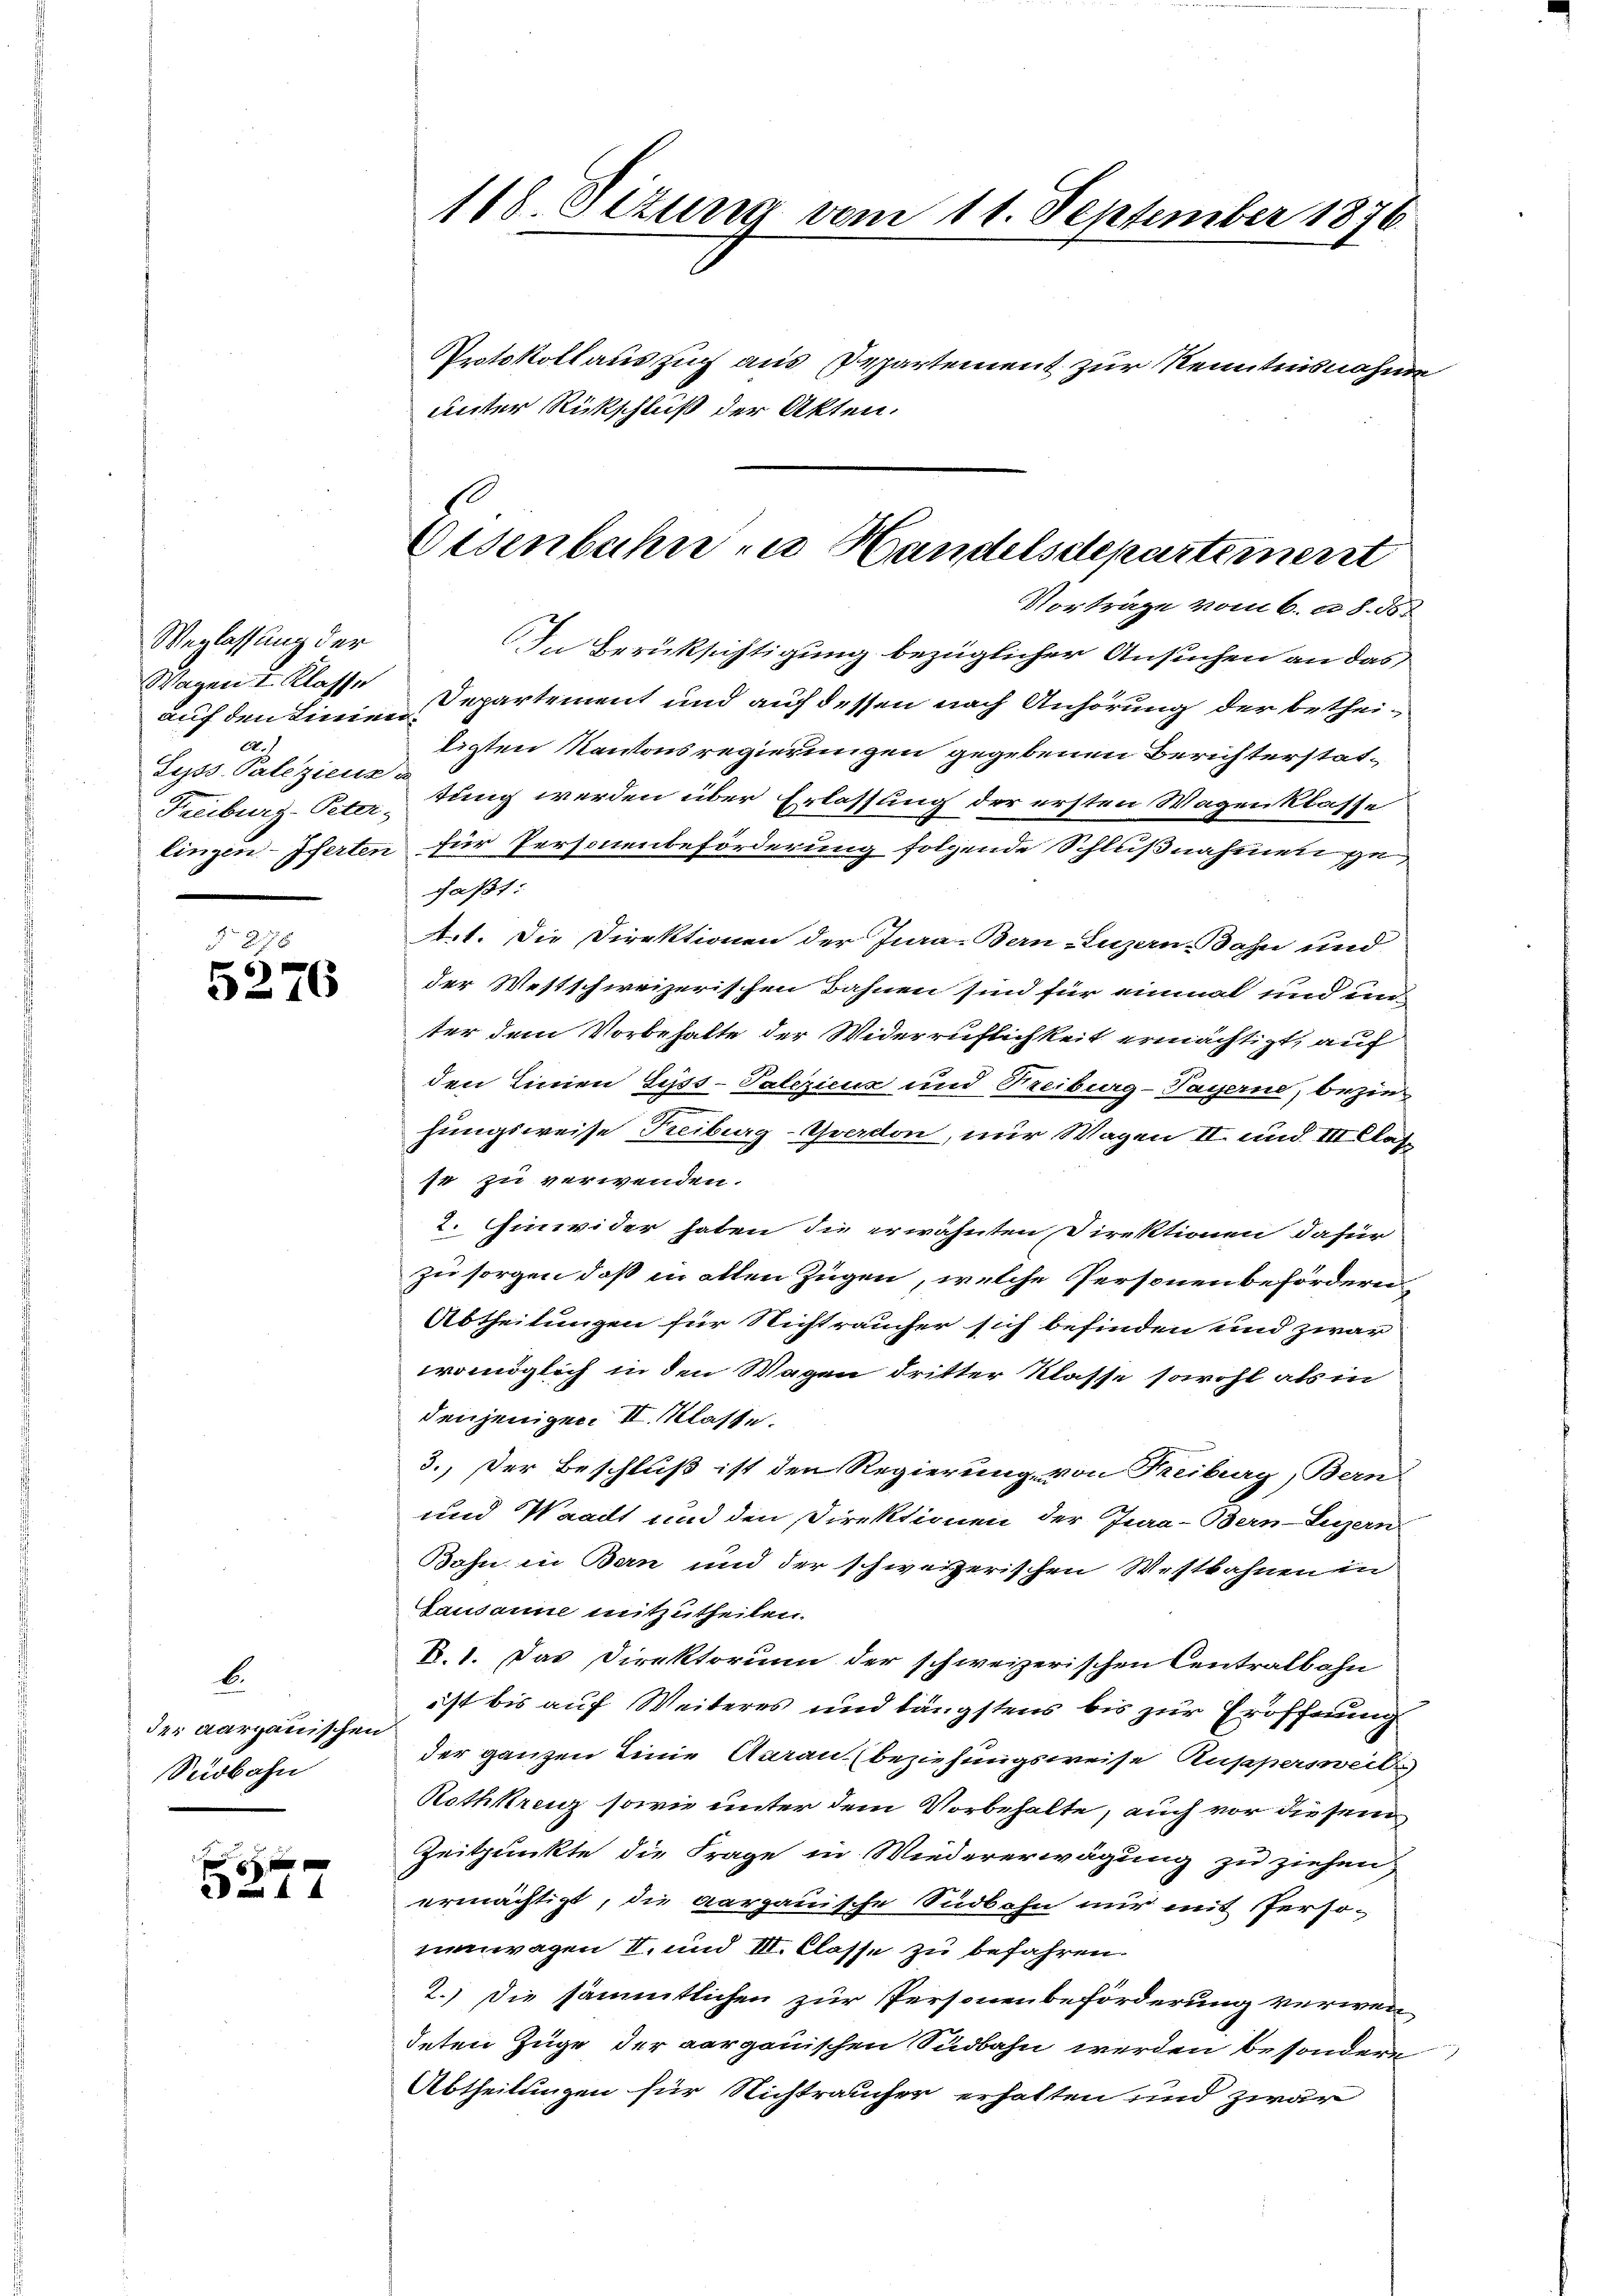
Weglassung der
auf den Linien
A.)
Lyss. Palezienz u.

§ 278
5276

b.
der aargauischen
Südbahn

f xx
 4

118. Oezung vom 11. September 1876.

Protokollauszug aus Departement zur Kenntnisnahme
unter Rückschluß der Akten.

Eisenbahn in Handelsdepartement
Vorträge vom 6. d. 8. 582.

In Berüksichtigung bezüglicher Ansuchen an das
Wagen I. Klasse Departement und auf dessen nach Anhörung der betheitigten Kantonsregierungen gegebenen Berichterstat¬
Freiburg-Pettung werden über Erlassung der ersten Wagenklasse
lingen-Iferten für Personenbeförderung folgende Schlußnahmen gefaßt:
Art. Die Direktionen der Jura-Bern Luzern-Bahn und
der Westschweizerischen Bahnen sind für einmal und un
ter dem Vorbehalte der Widerruflichkeit ermächtigt, auf
den Linien Syss-Talezienz und Reiburg-Payerne, bezie-
hungsweise Freiburg-Geerdon, nur Wagen II und III. Clas
se zu verwenden.
2. Einwider haben die erwähnten Direktionen dafür
zu sorgen daß in allen Zügen, welche Personenbefördern,
Abtheilungen für Nichträucher sich befinden und zwar
womöglich in den Wagen dritter Klasse sowohl als in
denjenigen II. Klasse.
3.) Der Beschluß ist den Regierung von Freiburg, Bern
und Waadt und den Direktionen der Jura-Bern-Luzern
Bohn in Bern und der schweizerischen Westbahnen in
Lausanne mitzutheilen.
V.1. Das Direktorium der schweizerischen Centralbahn
ist bis auf Weiteres und längstens bis zur Eröffnung
e
der ganzen Linie Aarau (beziehungsweise Ausapersweil
Rothkrenz sowie unter dem Vorbehalte, auch vor diesem
Zeitpunkte die Frage in Wiedererwägung zu ziehen,
ermächtigt, die aargauische Südbahn nur mit Persoeinwagen 8. und III. Classe zu befahren.
2.) Die sämmtlichen zur Personenbeförderung verwen
deten Züge der aargauischen Südbahn werden besondere
Abtheilungen für Nichtraucher erhalten und zwar